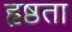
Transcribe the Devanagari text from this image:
हृष्ठता